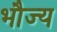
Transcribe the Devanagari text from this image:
भौज्य